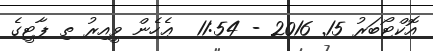
އޮކްޓޯބަރު 15